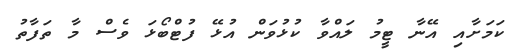
ކަމަށާއި އޭނާ ޓީމު ލައްވާ ކުޅުވަން އުޅޭ ފުޓްބޯޅަ ވެސް މާ ތަފާތު